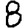
Digit: 8